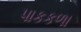
પાકકળા